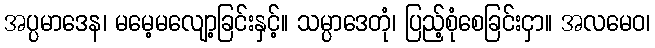
အပ္ပမာဒေန၊ မမေ့မလျော့ခြင်းနှင့်။ သမ္ပာဒေတုံ၊ ပြည့်စုံစေခြင်းငှာ။ အလမေဝ၊